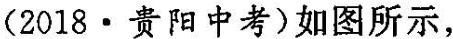
(2018·贵阳中考)如图所示，